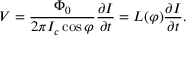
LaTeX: V = { \frac { \Phi _ { 0 } } { 2 \pi I _ { c } \cos \varphi } } { \frac { \partial I } { \partial t } } = L ( \varphi ) { \frac { \partial I } { \partial t } } .